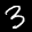
Label: 3